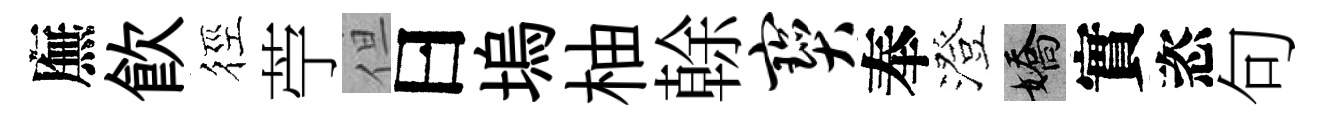
廡飮徑苧但曰塢柚𠏉宝奉澄嬌實恣句